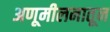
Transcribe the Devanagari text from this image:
अणूमीलनातून